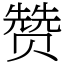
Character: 赞